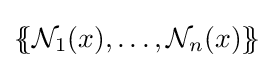
\{\!\!\{{\mathcal {N}}_{1}(x),\ldots ,{\mathcal {N}}_{n}(x)\}\!\!\}